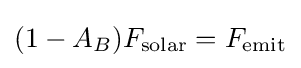
(1-A_{B}){F}_{\rm {solar}}={F}_{\rm {emit}}